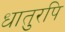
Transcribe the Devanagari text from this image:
धातुरपि